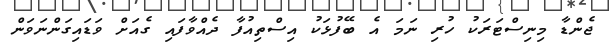
ޖެންޑާ މިނިސްޓަރަކު ހުރި ނަމަ އެ ބޭފުޅަކު އިސްތިއުފާ ދެއްވާފައި ގެއަށް ވަޑައިގަންނަވަން